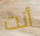
أنت